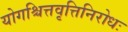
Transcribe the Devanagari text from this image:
योगश्चित्तवृत्तिनिरोधः